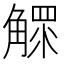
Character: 𧤩